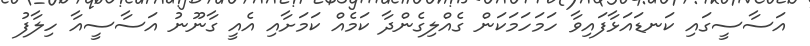
އަސާސީގައި ކަނޑައަޅާފައިވާ ހަމަހަމަކަން ގެއްލިގެންދާ ކަމެއް ކަމަށާއި އެއީ ގާނޫނު އަސާސީއާ ހިލާފު